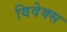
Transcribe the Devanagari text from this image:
विवेक्स